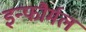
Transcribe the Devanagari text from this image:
इन्फौर्मल